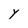
Character: Y